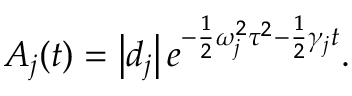
A _ { j } ( t ) = \left| d _ { j } \right| e ^ { - \frac { 1 } { 2 } \omega _ { j } ^ { 2 } \tau ^ { 2 } - \frac { 1 } { 2 } \gamma _ { j } t } .